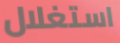
استغلال